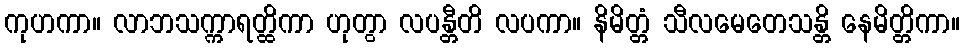
ကုဟကာ။ လာဘသက္ကာရတ္ထိကာ ဟုတွာ လပန္တီတိ လပကာ။ နိမိတ္တံ သီလမေတေသန္တိ နေမိတ္တိကာ။